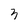
Character: 3